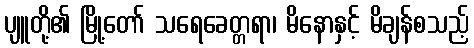
ပျူတို့၏ မြို့တော် သရေခေတ္တရာ၊ မိနောနှင့် မိချန်စသည့်